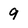
Character: 9